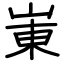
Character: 崬